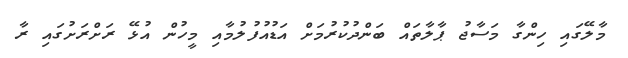
މާލޭގައި ހިންގާ މަސާޖު ޕާލާތައް ބަންދުކުރުމަށް އަޑުއުފުލުމާއި މީހުން އުޅޭ ރަށްރަށުގައި ރާ